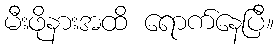
မီးဖိုနားအထိ ရောက်နေပြီ။